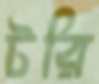
টরি